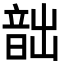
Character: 韷